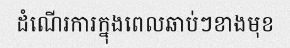
ដំណើរការក្នុងពេលឆាប់ៗខាងមុខ